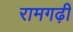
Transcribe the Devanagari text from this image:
रामगढ़ी